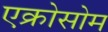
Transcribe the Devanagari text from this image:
एक्रोसोम